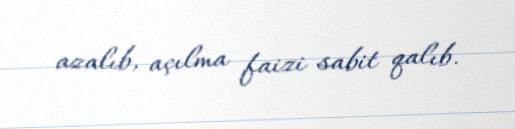
azalıb, açılma faizi sabit qalıb.